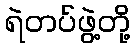
ရဲတပ်ဖွဲ့တို့